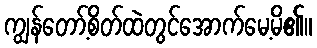
ကျွန်တော့်စိတ်ထဲတွင်အောက်မေ့မိ၏။